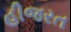
હીજરત